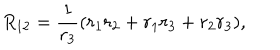
R _ { 1 2 } = { \frac { 1 } { r _ { 3 } } } ( { r _ { 1 } r _ { 2 } + r _ { 1 } r _ { 3 } + r _ { 2 } r _ { 3 } } ) ,